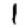
Digit: 1